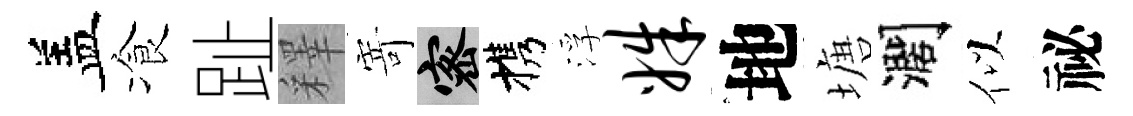
盖飡趾釋𭔃密携浮姝地塘濶似祕